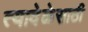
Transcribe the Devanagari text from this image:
त्यावेळेसाठी